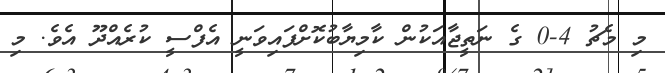
މި މެޗު 4-0 ގެ ނަތީޖާއަކުން ކާމިޔާބުކޮށްފައިވަނީ އެފްސީ ކުރެއްދޫ އެވެ. މި